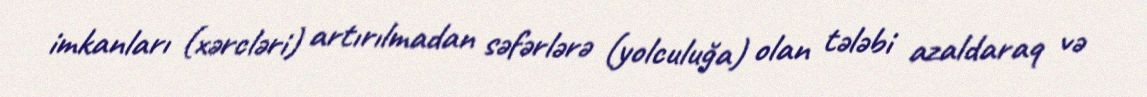
imkanları (xərcləri) artırılmadan səfərlərə (yolculuğa) olan tələbi azaldaraq və